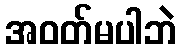
အဝတ်မပါဘဲ